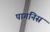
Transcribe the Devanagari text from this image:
पागनिस